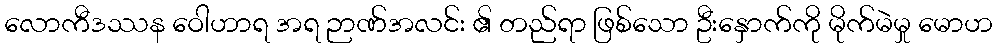
လောကီဒဿန ဝေါဟာရ အရ ဉာဏ်အလင်း ၏ တည်ရာ ဖြစ်သော ဦးနှောက်ကို မိုက်မဲမှု မောဟ